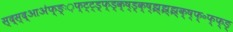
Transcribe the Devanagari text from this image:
स्द्स्द्आअ॑फ्ङ्ः़फ्ट्ट्ड़्फ्ड्क्ष्ड्क्ष्झ्झ्झ्क्ष्फ्॰फ्फ्ङ्